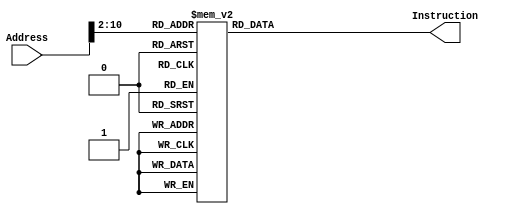
`timescale 1ns / 1ps
module InstMem(Address, Instruction);
    input wire [31:0] Address;
	output reg [31:0] Instruction;

	parameter MEM_SIZE = 512;
	reg [31:0] data [MEM_SIZE - 1:0];	

    //assign Instruction = data[Address[10:2]];
    
    always @(*) begin
        case(Address[10:2])
        9'd0	:	 Instruction <= 32'h20040006	;
        9'd1    :    Instruction <= 32'hac040000    ;
        9'd2    :    Instruction <= 32'h20050004    ;
        9'd3    :    Instruction <= 32'h20060320    ;
        9'd4    :    Instruction <= 32'h20070348    ;
        9'd5    :    Instruction <= 32'h20a90000    ;
        9'd6    :    Instruction <= 32'h24080000    ;
        9'd7    :    Instruction <= 32'had280000    ;
        9'd8    :    Instruction <= 32'h21290004    ;
        9'd9    :    Instruction <= 32'h24080009    ;
        9'd10    :    Instruction <= 32'had280000    ;
        9'd11    :    Instruction <= 32'h21290004    ;
        9'd12    :    Instruction <= 32'h24080003    ;
        9'd13    :    Instruction <= 32'had280000    ;
        9'd14    :    Instruction <= 32'h21290004    ;
        9'd15    :    Instruction <= 32'h24080006    ;
        9'd16    :    Instruction <= 32'had280000    ;
        9'd17    :    Instruction <= 32'h21290004    ;
        9'd18    :    Instruction <= 32'h2408ffff    ;
        9'd19    :    Instruction <= 32'had280000    ;
        9'd20    :    Instruction <= 32'h21290004    ;
        9'd21    :    Instruction <= 32'h2408ffff    ;
        9'd22    :    Instruction <= 32'had280000    ;
        9'd23    :    Instruction <= 32'h2129006c    ;
        9'd24    :    Instruction <= 32'h24080009    ;
        9'd25    :    Instruction <= 32'had280000    ;
        9'd26    :    Instruction <= 32'h21290004    ;
        9'd27    :    Instruction <= 32'h24080000    ;
        9'd28    :    Instruction <= 32'had280000    ;
        9'd29    :    Instruction <= 32'h21290004    ;
        9'd30    :    Instruction <= 32'h2408ffff    ;
        9'd31    :    Instruction <= 32'had280000    ;
        9'd32    :    Instruction <= 32'h21290004    ;
        9'd33    :    Instruction <= 32'h24080003    ;
        9'd34    :    Instruction <= 32'had280000    ;
        9'd35    :    Instruction <= 32'h21290004    ;
        9'd36    :    Instruction <= 32'h24080004    ;
        9'd37    :    Instruction <= 32'had280000    ;
        9'd38    :    Instruction <= 32'h21290004    ;
        9'd39    :    Instruction <= 32'h24080001    ;
        9'd40    :    Instruction <= 32'had280000    ;
        9'd41    :    Instruction <= 32'h2129006c    ;
        9'd42    :    Instruction <= 32'h24080003    ;
        9'd43    :    Instruction <= 32'had280000    ;
        9'd44    :    Instruction <= 32'h21290004    ;
        9'd45    :    Instruction <= 32'h2408ffff    ;
        9'd46    :    Instruction <= 32'had280000    ;
        9'd47    :    Instruction <= 32'h21290004    ;
        9'd48    :    Instruction <= 32'h24080000    ;
        9'd49    :    Instruction <= 32'had280000    ;
        9'd50    :    Instruction <= 32'h21290004    ;
        9'd51    :    Instruction <= 32'h24080002    ;
        9'd52    :    Instruction <= 32'had280000    ;
        9'd53    :    Instruction <= 32'h21290004    ;
        9'd54    :    Instruction <= 32'h2408ffff    ;
        9'd55    :    Instruction <= 32'had280000    ;
        9'd56    :    Instruction <= 32'h21290004    ;
        9'd57    :    Instruction <= 32'h24080005    ;
        9'd58    :    Instruction <= 32'had280000    ;
        9'd59    :    Instruction <= 32'h2129006c    ;
        9'd60    :    Instruction <= 32'h24080006    ;
        9'd61    :    Instruction <= 32'had280000    ;
        9'd62    :    Instruction <= 32'h21290004    ;
        9'd63    :    Instruction <= 32'h24080003    ;
        9'd64    :    Instruction <= 32'had280000    ;
        9'd65    :    Instruction <= 32'h21290004    ;
        9'd66    :    Instruction <= 32'h24080002    ;
        9'd67    :    Instruction <= 32'had280000    ;
        9'd68    :    Instruction <= 32'h21290004    ;
        9'd69    :    Instruction <= 32'h24080000    ;
        9'd70    :    Instruction <= 32'had280000    ;
        9'd71    :    Instruction <= 32'h21290004    ;
        9'd72    :    Instruction <= 32'h24080006    ;
        9'd73    :    Instruction <= 32'had280000    ;
        9'd74    :    Instruction <= 32'h21290004    ;
        9'd75    :    Instruction <= 32'h2408ffff    ;
        9'd76    :    Instruction <= 32'had280000    ;
        9'd77    :    Instruction <= 32'h2129006c    ;
        9'd78    :    Instruction <= 32'h2408ffff    ;
        9'd79    :    Instruction <= 32'had280000    ;
        9'd80    :    Instruction <= 32'h21290004    ;
        9'd81    :    Instruction <= 32'h24080004    ;
        9'd82    :    Instruction <= 32'had280000    ;
        9'd83    :    Instruction <= 32'h21290004    ;
        9'd84    :    Instruction <= 32'h2408ffff    ;
        9'd85    :    Instruction <= 32'had280000    ;
        9'd86    :    Instruction <= 32'h21290004    ;
        9'd87    :    Instruction <= 32'h24080006    ;
        9'd88    :    Instruction <= 32'had280000    ;
        9'd89    :    Instruction <= 32'h21290004    ;
        9'd90    :    Instruction <= 32'h24080000    ;
        9'd91    :    Instruction <= 32'had280000    ;
        9'd92    :    Instruction <= 32'h21290004    ;
        9'd93    :    Instruction <= 32'h24080002    ;
        9'd94    :    Instruction <= 32'had280000    ;
        9'd95    :    Instruction <= 32'h2129006c    ;
        9'd96    :    Instruction <= 32'h2408ffff    ;
        9'd97    :    Instruction <= 32'had280000    ;
        9'd98    :    Instruction <= 32'h21290004    ;
        9'd99    :    Instruction <= 32'h24080001    ;
        9'd100    :    Instruction <= 32'had280000    ;
        9'd101    :    Instruction <= 32'h21290004    ;
        9'd102    :    Instruction <= 32'h24080005    ;
        9'd103    :    Instruction <= 32'had280000    ;
        9'd104    :    Instruction <= 32'h21290004    ;
        9'd105    :    Instruction <= 32'h2408ffff    ;
        9'd106    :    Instruction <= 32'had280000    ;
        9'd107    :    Instruction <= 32'h21290004    ;
        9'd108    :    Instruction <= 32'h24080002    ;
        9'd109    :    Instruction <= 32'had280000    ;
        9'd110    :    Instruction <= 32'h21290004    ;
        9'd111    :    Instruction <= 32'h24080000    ;
        9'd112    :    Instruction <= 32'had280000    ;
        9'd113    :    Instruction <= 32'h0c0000f8    ;
        9'd114    :    Instruction <= 32'h20080000    ;
        9'd115    :    Instruction <= 32'h20c90000    ;
        9'd116    :    Instruction <= 32'h20020000    ;
        9'd117    :    Instruction <= 32'h11040005    ;
        9'd118    :    Instruction <= 32'h8d2a0000    ;
        9'd119    :    Instruction <= 32'h21080001    ;
        9'd120    :    Instruction <= 32'h21290004    ;
        9'd121    :    Instruction <= 32'h004a1020    ;
        9'd122    :    Instruction <= 32'h08000075    ;
        9'd123    :    Instruction <= 32'h3c014000    ;
        9'd124    :    Instruction <= 32'h342b0010    ;
        9'd125    :    Instruction <= 32'h20090800    ;
        9'd126    :    Instruction <= 32'h240a2710    ;
        9'd127    :    Instruction <= 32'h200c0100    ;
        9'd128    :    Instruction <= 32'h200d0200    ;
        9'd129    :    Instruction <= 32'h200e0800    ;
        9'd130    :    Instruction <= 32'h214affff    ;
        9'd131    :    Instruction <= 32'h1d40fffe    ;
        9'd132    :    Instruction <= 32'h200a2710    ;
        9'd133    :    Instruction <= 32'h112e000e    ;
        9'd134    :    Instruction <= 32'h112c0009    ;
        9'd135    :    Instruction <= 32'h112d0004    ;
        9'd136    :    Instruction <= 32'h3048f000    ;
        9'd137    :    Instruction <= 32'h00084302    ;
        9'd138    :    Instruction <= 32'h00094840    ;
        9'd139    :    Instruction <= 32'h08000096    ;
        9'd140    :    Instruction <= 32'h30480f00    ;
        9'd141    :    Instruction <= 32'h00084202    ;
        9'd142    :    Instruction <= 32'h00094840    ;
        9'd143    :    Instruction <= 32'h08000096    ;
        9'd144    :    Instruction <= 32'h304800f0    ;
        9'd145    :    Instruction <= 32'h00084102    ;
        9'd146    :    Instruction <= 32'h00094840    ;
        9'd147    :    Instruction <= 32'h08000096    ;
        9'd148    :    Instruction <= 32'h3048000f    ;
        9'd149    :    Instruction <= 32'h20090100    ;
        9'd150    :    Instruction <= 32'h210ffff9    ;
        9'd151    :    Instruction <= 32'h1de00010    ;
        //9'd151 : Instruction <= 32'h0;
        9'd152    :    Instruction <= 32'h20010000    ;
        9'd153    :    Instruction <= 32'h1028001e    ;
        9'd154    :    Instruction <= 32'h20010001    ;
        9'd155    :    Instruction <= 32'h10280020    ;
        9'd156    :    Instruction <= 32'h20010002    ;
        9'd157    :    Instruction <= 32'h10280022    ;
        9'd158    :    Instruction <= 32'h20010003    ;
        9'd159    :    Instruction <= 32'h10280024    ;
        9'd160    :    Instruction <= 32'h20010004    ;
        9'd161    :    Instruction <= 32'h10280026    ;
        9'd162    :    Instruction <= 32'h20010005    ;
        9'd163    :    Instruction <= 32'h10280028    ;
        9'd164    :    Instruction <= 32'h20010006    ;
        9'd165    :    Instruction <= 32'h1028002a    ;
        9'd166    :    Instruction <= 32'h20010007    ;
        9'd167    :    Instruction <= 32'h1028002c    ;
        9'd168    :    Instruction <= 32'h20010008    ;
        9'd169    :    Instruction <= 32'h1028002e    ;
        9'd170    :    Instruction <= 32'h20010009    ;
        9'd171    :    Instruction <= 32'h10280030    ;
        9'd172    :    Instruction <= 32'h2001000a    ;
        9'd173    :    Instruction <= 32'h10280032    ;
        9'd174    :    Instruction <= 32'h2001000b    ;
        9'd175    :    Instruction <= 32'h10280034    ;
        9'd176    :    Instruction <= 32'h2001000c    ;
        9'd177    :    Instruction <= 32'h10280036    ;
        9'd178    :    Instruction <= 32'h2001000d    ;
        9'd179    :    Instruction <= 32'h10280038    ;
        9'd180    :    Instruction <= 32'h2001000e    ;
        9'd181    :    Instruction <= 32'h1028003a    ;
        9'd182    :    Instruction <= 32'h2001000f    ;
        9'd183    :    Instruction <= 32'h1028003c    ;
        9'd184    :    Instruction <= 32'h240f003f    ;
        9'd185    :    Instruction <= 32'h01e97820    ;
        9'd186    :    Instruction <= 32'had6f0000    ;
        9'd187    :    Instruction <= 32'h08000082    ;
        9'd188    :    Instruction <= 32'h240f0006    ;
        9'd189    :    Instruction <= 32'h01e97820    ;
        9'd190    :    Instruction <= 32'had6f0000    ;
        9'd191    :    Instruction <= 32'h08000082    ;
        9'd192    :    Instruction <= 32'h240f005b    ;
        9'd193    :    Instruction <= 32'h01e97820    ;
        9'd194    :    Instruction <= 32'had6f0000    ;
        9'd195    :    Instruction <= 32'h08000082    ;
        9'd196    :    Instruction <= 32'h240f004f    ;
        9'd197    :    Instruction <= 32'h01e97820    ;
        9'd198    :    Instruction <= 32'had6f0000    ;
        9'd199    :    Instruction <= 32'h08000082    ;
        9'd200    :    Instruction <= 32'h240f0066    ;
        9'd201    :    Instruction <= 32'h01e97820    ;
        9'd202    :    Instruction <= 32'had6f0000    ;
        9'd203    :    Instruction <= 32'h08000082    ;
        9'd204    :    Instruction <= 32'h240f006d    ;
        9'd205    :    Instruction <= 32'h01e97820    ;
        9'd206    :    Instruction <= 32'had6f0666    ;
        9'd207    :    Instruction <= 32'h08000082    ;
        9'd208    :    Instruction <= 32'h240f007d    ;
        9'd209    :    Instruction <= 32'h01e97820    ;
        9'd210    :    Instruction <= 32'had6f0000    ;
        9'd211    :    Instruction <= 32'h08000082    ;
        9'd212    :    Instruction <= 32'h240f0007    ;
        9'd213    :    Instruction <= 32'h01e97820    ;
        9'd214    :    Instruction <= 32'had6f0000    ;
        9'd215    :    Instruction <= 32'h08000082    ;
        9'd216    :    Instruction <= 32'h240f007f    ;
        9'd217    :    Instruction <= 32'h01e97820    ;
        9'd218    :    Instruction <= 32'had6f0000    ;
        9'd219    :    Instruction <= 32'h08000082    ;
        9'd220    :    Instruction <= 32'h240f0067    ;
        9'd221    :    Instruction <= 32'h01e97820    ;
        9'd222    :    Instruction <= 32'had6f0000    ;
        9'd223    :    Instruction <= 32'h08000082    ;
        9'd224    :    Instruction <= 32'h240f0077    ;
        9'd225    :    Instruction <= 32'h01e97820    ;
        9'd226    :    Instruction <= 32'had6f0000    ;
        9'd227    :    Instruction <= 32'h08000082    ;
        9'd228    :    Instruction <= 32'h240f007c    ;
        9'd229    :    Instruction <= 32'h01e97820    ;
        9'd230    :    Instruction <= 32'had6f0000    ;
        9'd231    :    Instruction <= 32'h08000082    ;
        9'd232    :    Instruction <= 32'h240f0039    ;
        9'd233    :    Instruction <= 32'h01e97820    ;
        9'd234    :    Instruction <= 32'had6f0000    ;
        9'd235    :    Instruction <= 32'h08000082    ;
        9'd236    :    Instruction <= 32'h240f005e    ;
        9'd237    :    Instruction <= 32'h01e97820    ;
        9'd238    :    Instruction <= 32'had6f0000    ;
        9'd239    :    Instruction <= 32'h08000082    ;
        9'd240    :    Instruction <= 32'h240f0079    ;
        9'd241    :    Instruction <= 32'h01e97820    ;
        9'd242    :    Instruction <= 32'had6f0000    ;
        9'd243    :    Instruction <= 32'h08000082    ;
        9'd244    :    Instruction <= 32'h240f0071    ;
        9'd245    :    Instruction <= 32'h01e97820    ;
        9'd246    :    Instruction <= 32'had6f0000    ;
        9'd247    :    Instruction <= 32'h08000082    ;
        9'd248    :    Instruction <= 32'h20c80000    ;
        9'd249    :    Instruction <= 32'h20e90000    ;
        9'd250    :    Instruction <= 32'had000000    ;
        9'd251    :    Instruction <= 32'h240a0001    ;
        9'd252    :    Instruction <= 32'had2a0000    ;
        9'd253    :    Instruction <= 32'h210b0004    ;
        9'd254    :    Instruction <= 32'h212c0004    ;
        9'd255    :    Instruction <= 32'h20ad0004    ;
        9'd256    :    Instruction <= 32'h0144082a    ;
        9'd257    :    Instruction <= 32'h10200008    ;
        9'd258    :    Instruction <= 32'h8dae0000    ;
        9'd259    :    Instruction <= 32'had6e0000    ;
        9'd260    :    Instruction <= 32'had800000    ;
        9'd261    :    Instruction <= 32'h216b0004    ;
        9'd262    :    Instruction <= 32'h218c0004    ;
        9'd263    :    Instruction <= 32'h21ad0004    ;
        9'd264    :    Instruction <= 32'h214a0001    ;
        9'd265    :    Instruction <= 32'h08000100    ;
        9'd266    :    Instruction <= 32'h240a0001    ;
        9'd267    :    Instruction <= 32'h0144082a    ;
        9'd268    :    Instruction <= 32'h1020003b    ;
        9'd269    :    Instruction <= 32'h240bffff    ;
        9'd270    :    Instruction <= 32'h240cffff    ;
        9'd271    :    Instruction <= 32'h240d0001    ;
        9'd272    :    Instruction <= 32'h01a4082a    ;
        9'd273    :    Instruction <= 32'h10200013    ;
        9'd274    :    Instruction <= 32'h000d7080    ;
        9'd275    :    Instruction <= 32'h01c97020    ;
        9'd276    :    Instruction <= 32'h8dce0000    ;
        9'd277    :    Instruction <= 32'h000d7880    ;
        9'd278    :    Instruction <= 32'h01e87820    ;
        9'd279    :    Instruction <= 32'h8def0000    ;
        9'd280    :    Instruction <= 32'h20010000    ;
        9'd281    :    Instruction <= 32'h142e0009    ;
        9'd282    :    Instruction <= 32'h2001ffff    ;
        9'd283    :    Instruction <= 32'h102f0007    ;
        9'd284    :    Instruction <= 32'h2001ffff    ;
        9'd285    :    Instruction <= 32'h102c0003    ;
        9'd286    :    Instruction <= 32'h01ec082a    ;
        9'd287    :    Instruction <= 32'h14200001    ;
        9'd288    :    Instruction <= 32'h08000123    ;
        9'd289    :    Instruction <= 32'h000f6021    ;
        9'd290    :    Instruction <= 32'h000d5821    ;
        9'd291    :    Instruction <= 32'h21ad0001    ;
        9'd292    :    Instruction <= 32'h08000110    ;
        9'd293    :    Instruction <= 32'h2001ffff    ;
        9'd294    :    Instruction <= 32'h142c0001    ;
        9'd295    :    Instruction <= 32'h03e00008    ;
        9'd296    :    Instruction <= 32'h000b7080    ;
        9'd297    :    Instruction <= 32'h01c97020    ;
        9'd298    :    Instruction <= 32'h240f0001    ;
        9'd299    :    Instruction <= 32'hadcf0000    ;
        9'd300    :    Instruction <= 32'h240d0001    ;
        9'd301    :    Instruction <= 32'h01a4082a    ;
        9'd302    :    Instruction <= 32'h10200017    ;
        9'd303    :    Instruction <= 32'h000d7080    ;
        9'd304    :    Instruction <= 32'h01c97020    ;
        9'd305    :    Instruction <= 32'h8dce0000    ;
        9'd306    :    Instruction <= 32'h15c00011    ;
        9'd307    :    Instruction <= 32'h000b7140    ;
        9'd308    :    Instruction <= 32'h01cd7020    ;
        9'd309    :    Instruction <= 32'h000e7080    ;
        9'd310    :    Instruction <= 32'h01c57020    ;
        9'd311    :    Instruction <= 32'h8dce0000    ;
        9'd312    :    Instruction <= 32'h2001ffff    ;
        9'd313    :    Instruction <= 32'h102e000a    ;
        9'd314    :    Instruction <= 32'h000d7880    ;
        9'd315    :    Instruction <= 32'h01e87820    ;
        9'd316    :    Instruction <= 32'h8df80000    ;
        9'd317    :    Instruction <= 32'h01cc7020    ;
        9'd318    :    Instruction <= 32'h2001ffff    ;
        9'd319    :    Instruction <= 32'h10380003    ;
        9'd320    :    Instruction <= 32'h01d8082a    ;
        9'd321    :    Instruction <= 32'h14200001    ;
        9'd322    :    Instruction <= 32'h08000144    ;
        9'd323    :    Instruction <= 32'hadee0000    ;
        9'd324    :    Instruction <= 32'h21ad0001    ;
        9'd325    :    Instruction <= 32'h0800012d    ;
        9'd326    :    Instruction <= 32'h214a0001    ;
        9'd327    :    Instruction <= 32'h0800010b    ;
        9'd328    :    Instruction <= 32'h03e00008    ;
        default: Instruction <= 32'h00000000;
    endcase
    end
endmodule